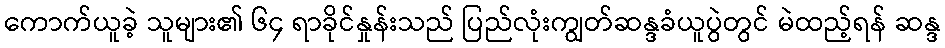
ကောက်ယူခဲ့ သူများ၏ ၆၄ ရာခိုင်နှုန်းသည် ပြည်လုံးကျွတ်ဆန္ဒခံယူပွဲတွင် မဲထည့်ရန် ဆန္ဒ